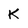
Character: K